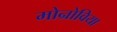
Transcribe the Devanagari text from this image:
मोन्रोविया